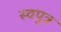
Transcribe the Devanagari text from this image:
स्वपुत्र